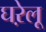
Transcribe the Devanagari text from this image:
घऱेलू